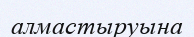
алмастыруына